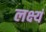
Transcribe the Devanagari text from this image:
लक्ष्यं